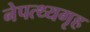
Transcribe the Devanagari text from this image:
नेपत्थ्यगृह